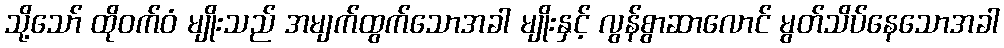
သို့သော် ထိုဝက်ဝံ မျိုးသည် အမျက်ထွက်သောအခါ မျိုးနှင့် လွန်စွာဆာလောင် မွတ်သိပ်နေသောအခါ